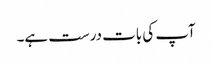
آپ کی بات درست ہے۔